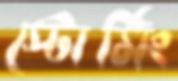
স্টোর্মিং